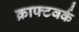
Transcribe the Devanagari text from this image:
क्राफ्टवर्क